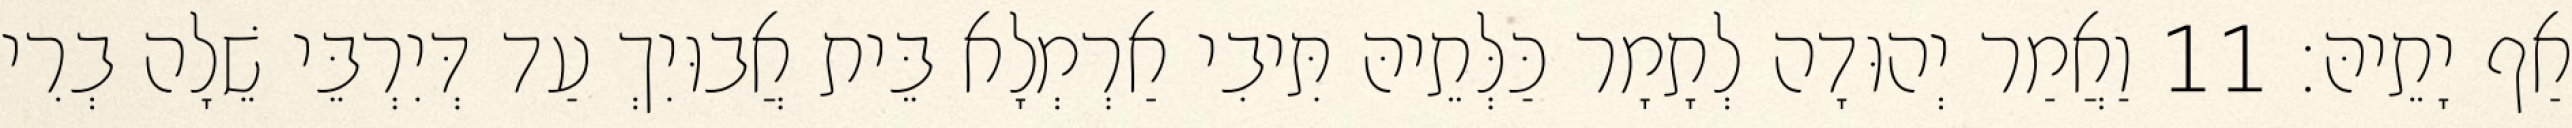
אַף יָתֵיהּ׃ 11 וַאֲמַר יְהוּדָה לְתָמָר כַּלְּתֵיהּ תִּיבִי אַרְמְלָא בֵּית אֲבוּיִךְ עַד דְּיִרְבֵּי שֵׁלָה בְרִי